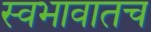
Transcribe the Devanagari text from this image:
स्वभावातच